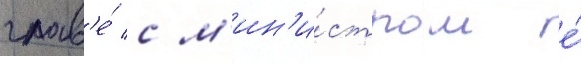
глав'е́ с м'ин'и́стром е́